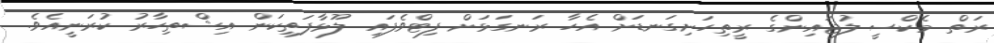
ރަތް މެކްސީ ލުޖައިންގެ ރީތިހަށިގަނޑަށް އެހާ ރަނގަޅަށް ފިޓްވެފައި ލޫޅާފަތިކަން އިޝްތިހާރު ކުރަނީއެވެ.